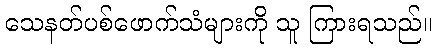
သေနတ်ပစ်ဖောက်သံများကို သူ ကြားရသည်။